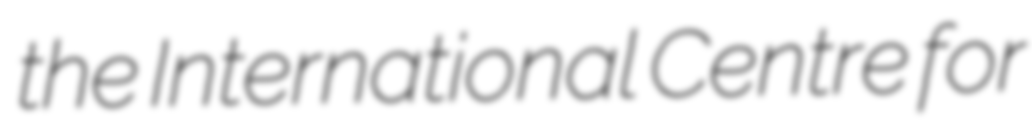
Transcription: the International Centre for